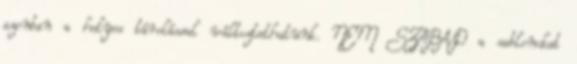
azonban a helyes tárolással változtathatunk. NEM SZABAD a sablonokat